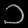
Digit: ၁